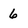
Character: 6